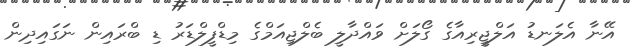
އޭނާ އެލަނޑު އަލްޖީރިއާގެ ގޯލަށް ވައްދާލީ ބެލްޖިއަމްގެ މިޑްފީލްޑަރު ޑި ބްރައިން ނަގައިދިން